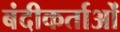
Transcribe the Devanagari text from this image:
बंदीकर्ताओं